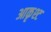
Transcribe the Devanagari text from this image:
आकृश्ट